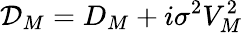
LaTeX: \mathcal{D}_{M}=D_{M}+i\sigma^{2}V_{M}^{2}